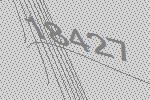
18427